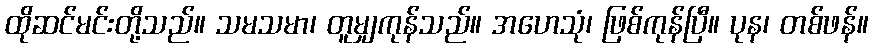
ထိုဆင်မင်းတို့သည်။ သမသမာ၊ တူမျှကုန်သည်။ အဟေသုံ၊ ဖြစ်ကုန်ပြီ။ ပုန၊ တစ်ဖန်။